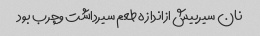
نان سیربیش ازاندازه طعم سیرداشت وچرب بود